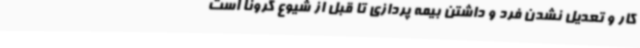
کار و تعدیل نشدن فرد و داشتن بیمه پردازی تا قبل از شیوع کرونا است